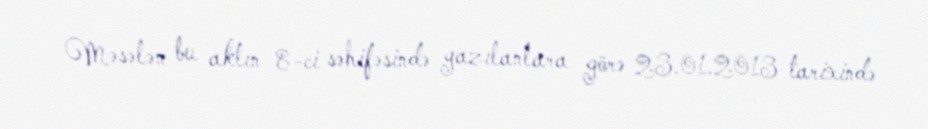
Məsələn bu aktın 8-ci səhifəsində yazılanlara görə 23.01.2013 tarixində